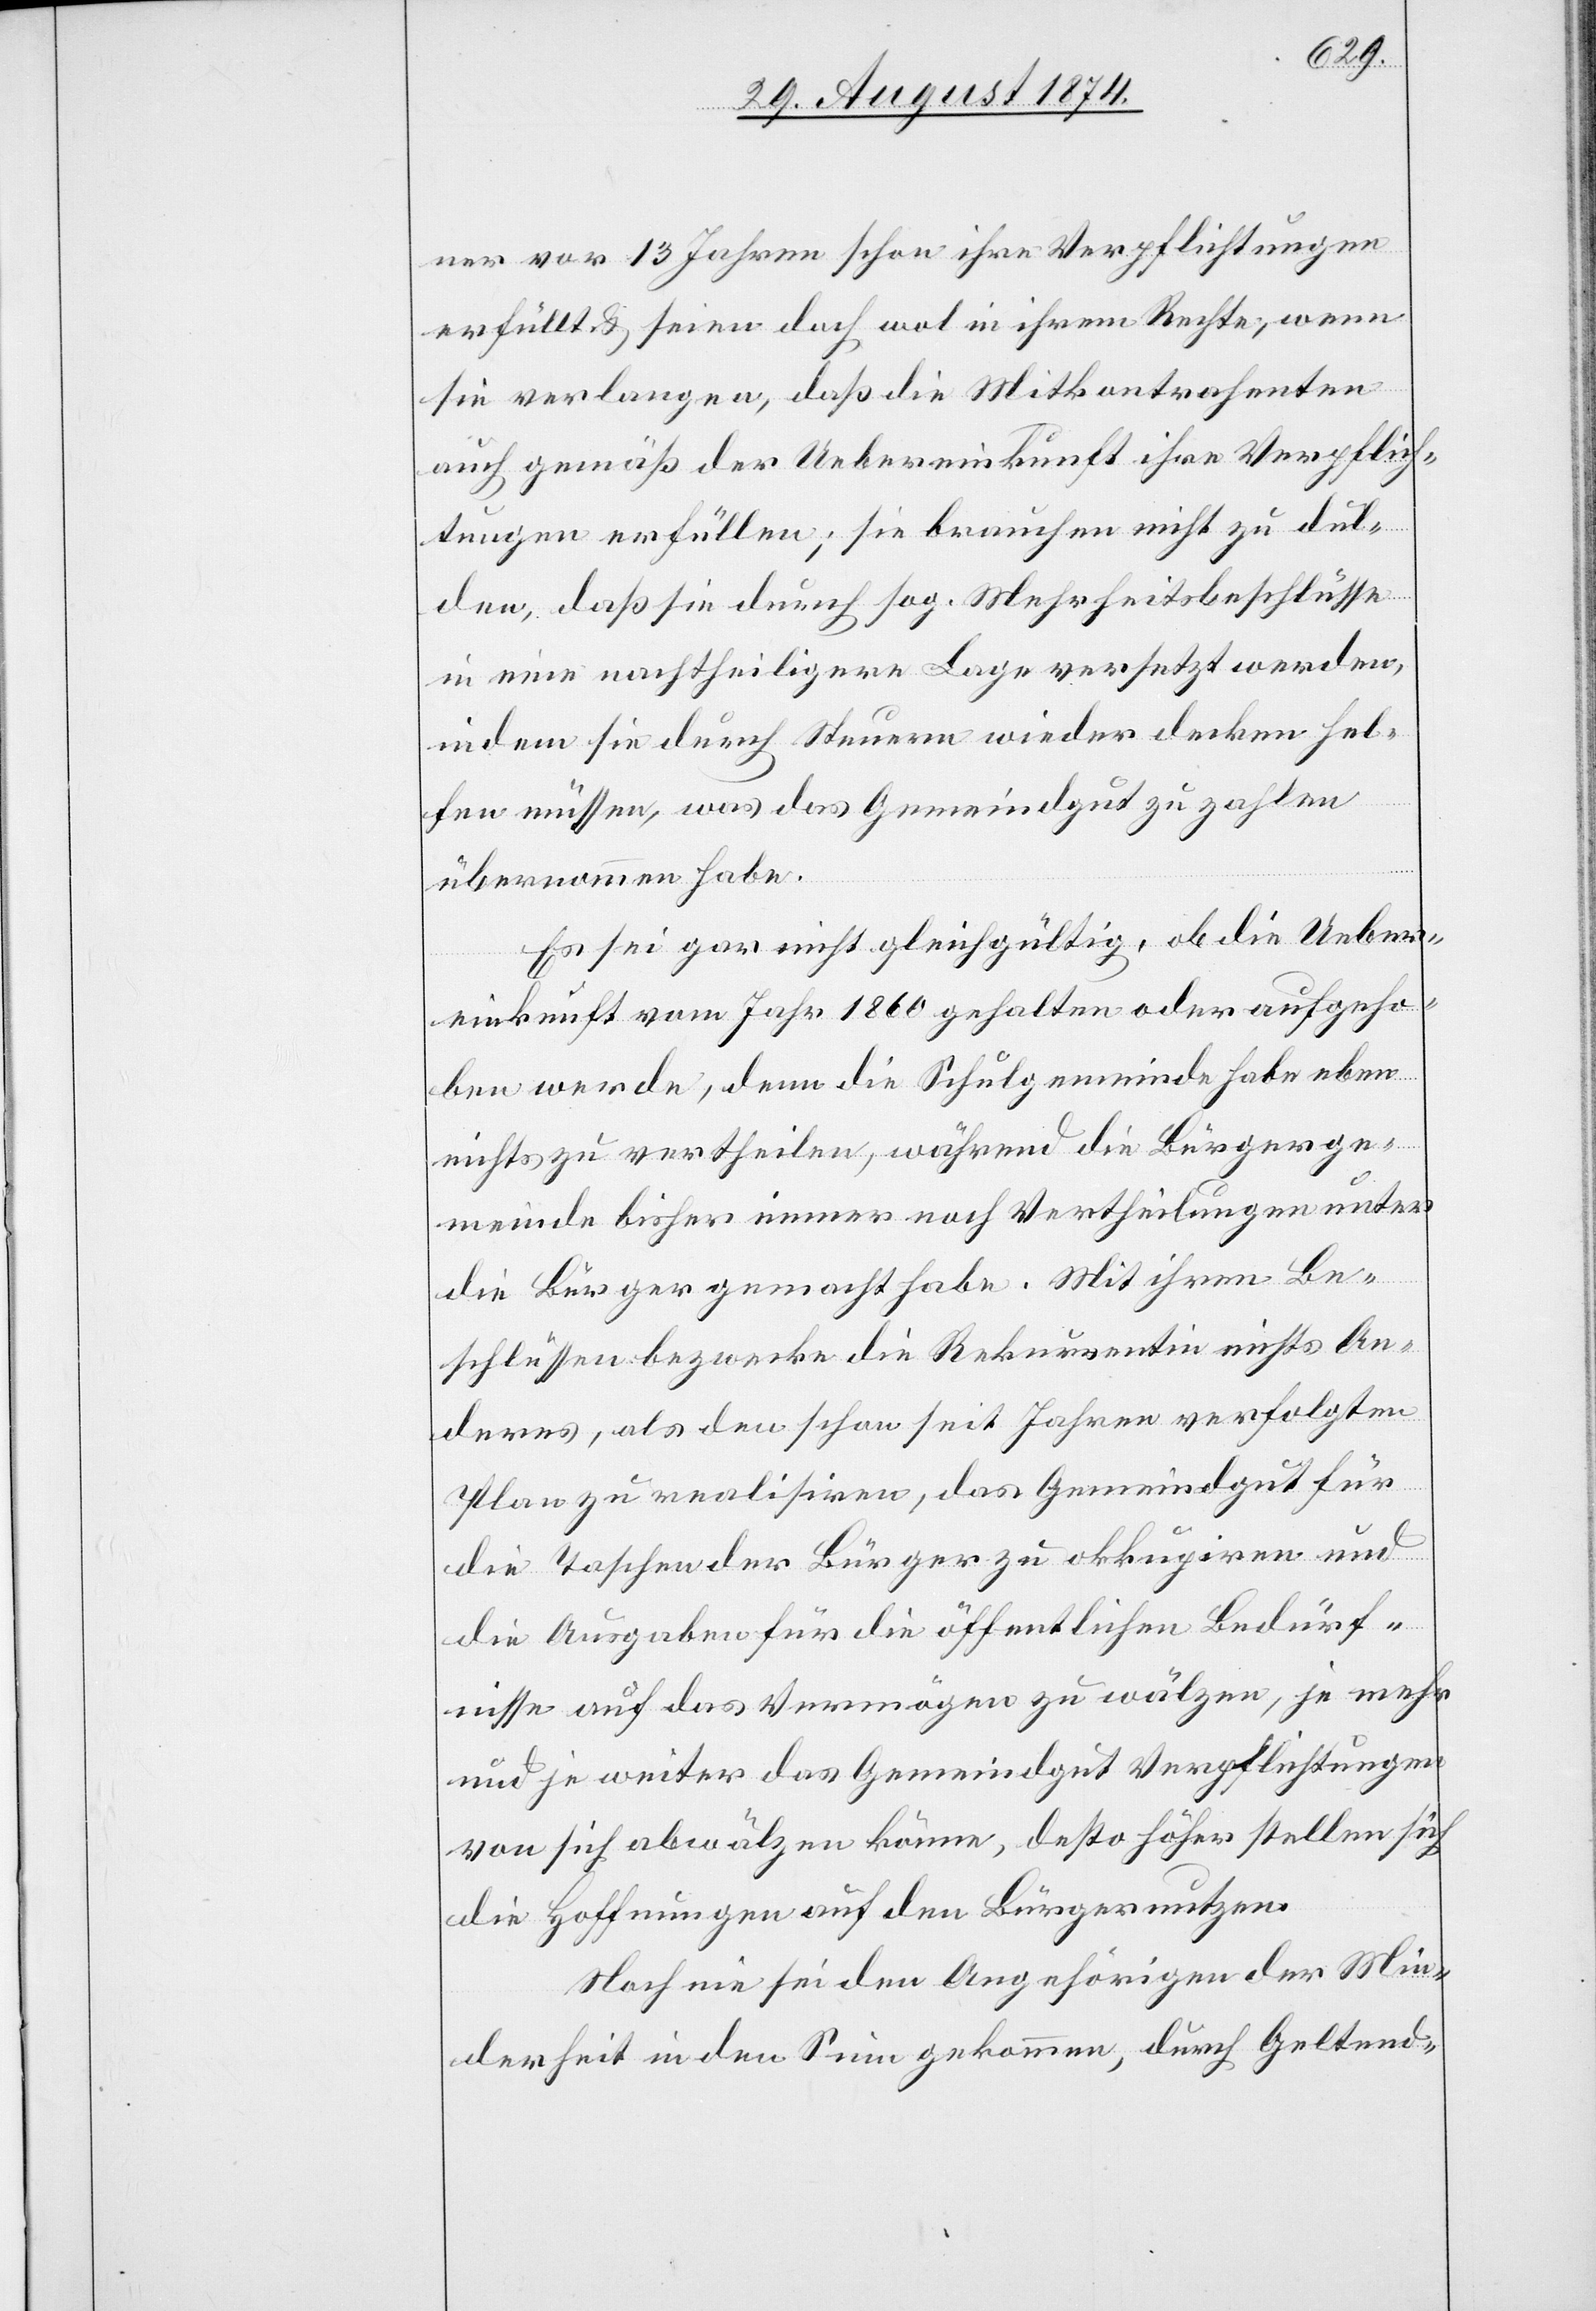
ner vor 13 Jahren schon ihre Verpflichtungen
erfüllt u. seien doch wol in ihrem Rechte, wenn
sie verlangen, daß die Mitkontrahenten
auch gemäß der Uebereinkunft ihre Verpflich¬
tungen erfüllen; sie brauchen nicht zu dul¬
den, daß sie durch sog. Mehrheitsbeschlüsse
in eine nachtheiligere Lage versetzt werden,
indem sie durch Steuern wieder decken hel¬
fen müssen, was das Gemeindgut zu zahlen
übernommen habe.
Es sei gar nicht gleichgültig, ob die Ueber¬
einkunft vom Jahr 1860 gehalten oder aufgeho¬
ben werde, denn die Schulgemeinde habe eben
nichts zu vertheilen, während die Bürgerge¬
meinde bisher immer noch Vertheilungen unter
die Bürger gemacht habe. Mit ihren Be¬
schlüssen bezwecke die Rekurrentin nichts An¬
deres, als den schon seit Jahren verfolgten
Plan zu realisiren, das Gemeindgut für
die Taschen der Bürger zu okkupiren und
die Ausgaben für die öffentlichen Bedürf¬
nisse auf das Vermögen zu wälzen, je mehr
und je weiter das Gemeindgut Verpflichtungen
von sich abwälzen könne, desto höher stellen sich
die Hoffnung auf den Bürgernutzen.
Noch nie sei den Angehörigen der Min¬
derheit in den Sinn gekommen, durch Geltend-